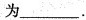
为___.